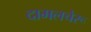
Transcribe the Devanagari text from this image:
दामलचेरू